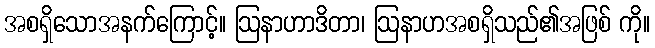
အစရှိသောအနက်ကြောင့်။ ဩနာဟာဒိတာ၊ ဩနာဟအစရှိသည်၏အဖြစ် ကို။